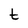
Character: t